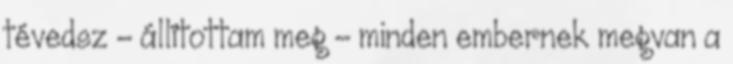
tévedsz – állítottam meg – minden embernek megvan a